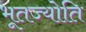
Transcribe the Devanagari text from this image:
भूतज्योति